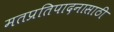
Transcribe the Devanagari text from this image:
मतप्रतिपादनासाठी